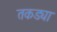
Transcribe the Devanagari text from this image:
तकड्या